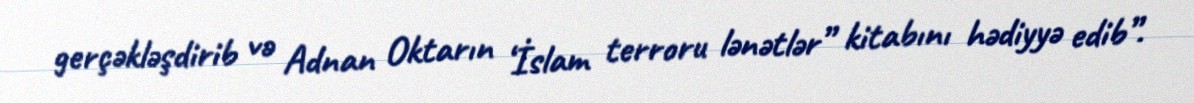
gerçəkləşdirib və Adnan Oktarın ‘İslam terroru lənətlər” kitabını hədiyyə edib”.